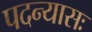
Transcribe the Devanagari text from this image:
पदन्यासः